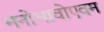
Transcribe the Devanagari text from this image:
मनोभावोएवम